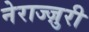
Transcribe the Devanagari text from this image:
नेराज्ज़ुरी